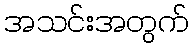
အသင်းအတွက်